Madras plague regulations in force outside the Presidency town - Volume 6
Disease focus: Plague
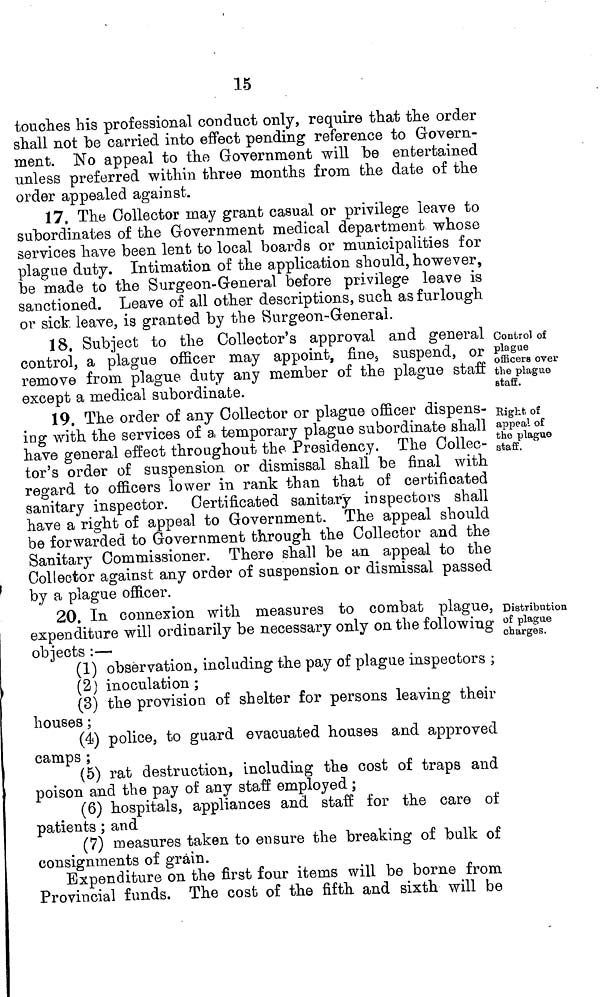
15
touches his professional conduct only, require that the order
shall not be carried into effect pending reference to Govern-
ment. No appeal to the Government will be entertained
unless preferred within three months from the date of the
order appealed against.
17. The Collector may grant casual or privilege leave to
subordinates of the Government medical department whose
services have been lent to local boards or municipalities for
plague duty. Intimation of the application should, however,
be made to the Surgeon-General before privilege leave is
sanctioned. Leave of all other descriptions, such as furlough
or sick leave, is granted by the Burgeon-General.
18. Subject to the Collector's approval and general
control, a plague officer may appoint, fine, suspend, or
remove from plague duty any member of the plague staff
except a medical subordinate.
Control of
plague
officers over
the plague
staff.
19. The order of any Collector or plague officer dispens-
ing with the services of a, temporary plague subordinate shall
have general effect throughout the Presidency. The Collec-
tor's order of suspension or dismissal shall be final with
regard to officers lower in rank than that of certificated
sanitary inspector. Certificated sanitary inspectors shall
have a right of appeal to Government. The appeal should
be forwarded to Government through the Collector and the
Sanitary Commissioner. There shall be an appeal to the
Collector against any order of suspension or dismissal passed
by a plague officer.
Right, of
appeal of
the plague
staff.
20. In connexion with measures to combat plague,
expenditure will ordinarily be necessary only on the following
objects :—
(1) observation, including the pay of plague inspectors ;
(2) inoculation ;
(3) the provision of shelter for persons leaving their
houses ;
(4) police, to guard evacuated houses and approved
camps ;
(5) rat destruction, including the cost of traps and
poison and the pay of any staff employed ;
(6) hospitals, appliances and staff for the care of
patients ; and
(7) measures taken to ensure the breaking of bulk of
consignments of grain.
Expenditure on the first four items will be borne from
Provincial funds. The cost of the fifth and sixth will be
Distribution
of plague
charges.